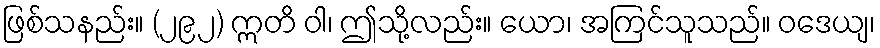
ဖြစ်သနည်း။ (၂၉၂) ဣတိ ဝါ၊ ဤသို့လည်း။ ယော၊ အကြင်သူသည်။ ဝဒေယျ၊